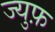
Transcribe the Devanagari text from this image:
ज्युफ़